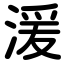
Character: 湲